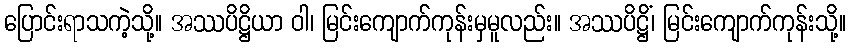
ပြောင်းရာသကဲ့သို့။ အဿပိဋ္ဌိယာ ဝါ၊ မြင်းကျောက်ကုန်းမှမူလည်း။ အဿပိဋ္ဌိံ၊ မြင်းကျောက်ကုန်းသို့။